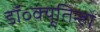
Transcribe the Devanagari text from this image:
डॉ॰क्यूतिन्हो